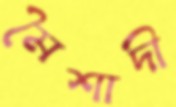
মৈশাদী